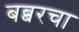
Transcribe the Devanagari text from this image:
बब्बरचा